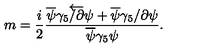
m = \frac { i } { 2 } \frac { \overline { { \psi } } \gamma _ { 5 } \overleftarrow { \slash { \partial } } \psi + \overline { { \psi } } \gamma _ { 5 } \slash { \partial } \psi } { \overline { { \psi } } \gamma _ { 5 } \psi } .